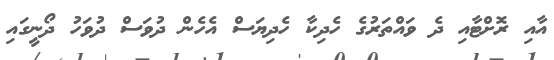
އާއި ރޮށްޓާއި ދެ ވައްތަރުގެ ހެދިކާ ހެދިޔަސް އެހެން ދުވަސް ދުވަހު ދޯނީގައި